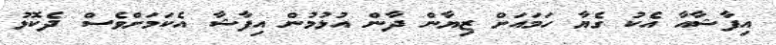
އިފާޝާއާ އެކު ގެޔާ ހަމައަށް ޒިޔާން ދާން އުޅުމުން އިފާޝާ އެކަމަށްވެސް ދެކޮޅު